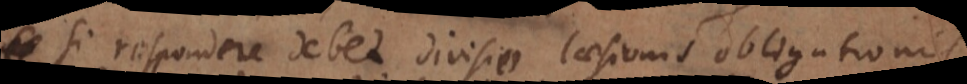
Si respondere debet divisio laesionis obligationis